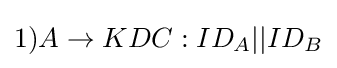
1)A\rightarrow KDC:ID_{A}||ID_{B}